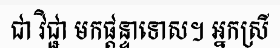
ជា វិជ្ជា មកផ្តន្ទាទោស។ អ្នកស្រី